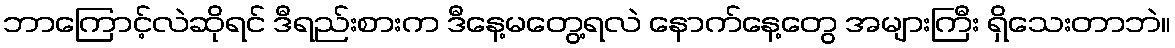
ဘာကြောင့်လဲဆိုရင် ဒီရည်းစားက ဒီနေ့မတွေ့ရလဲ နောက်နေ့တွေ အများကြီး ရှိသေးတာဘဲ။